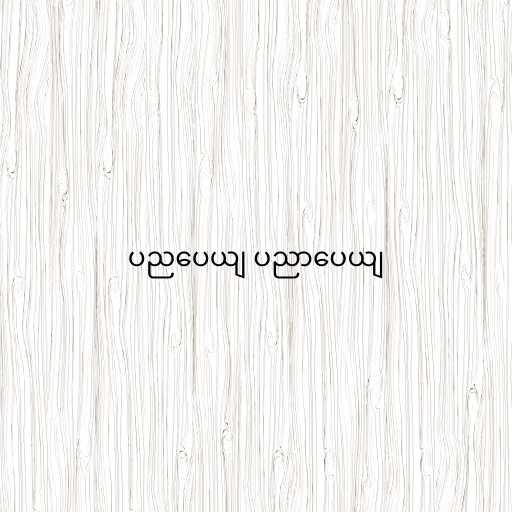
ပညပေယျ ပညာပေယျ